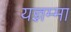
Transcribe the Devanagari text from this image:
यज्ञम्मा